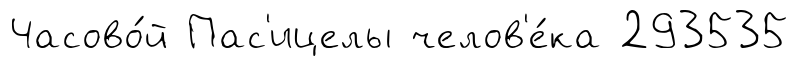
Часово́й Пас'ицелы челов'е́ка 293535